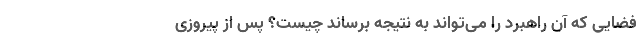
فضایی که آن راهبرد را می‌تواند به نتیجه برساند چیست؟ پس از پیروزی